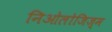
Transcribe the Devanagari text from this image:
निओलोजिज़्म